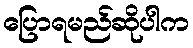
ပြောရမည်ဆိုပါက